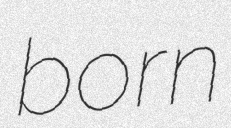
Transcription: born